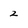
Character: 2